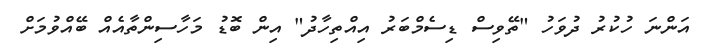
އަންނަ ހުކުރު ދުވަހު "ތޭވިސް ޑިސެމްބަރު އިއްތިހާދު" އިން ބޮޑު މަހާސިންތާއެއް ބޭއްވުމަށް